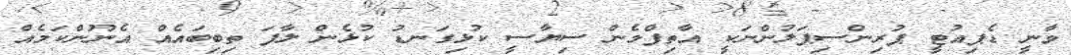
ވާނީ ޑެޕިއުޓީ ޕުރިންސިޕަލުންނަކީ އާތިފްމެން ސިޔާސީ ކުޅިގަނޑު ކުޅެން ލާފަ ތިބިބައެއް އެނޫންކަމެއް